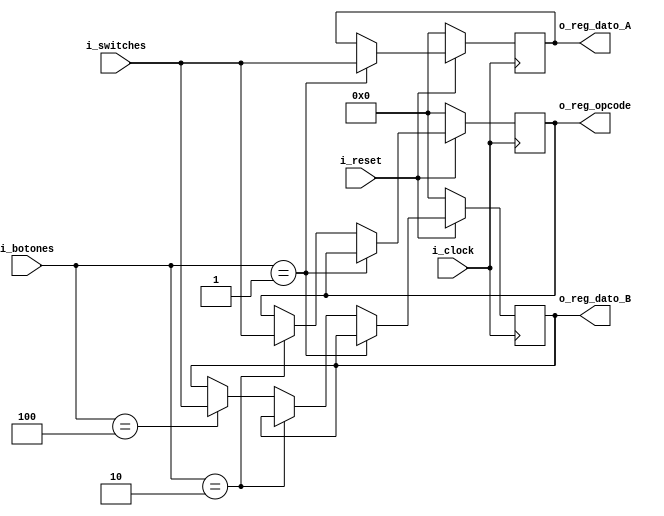
 `timescale 1ns / 1ps

//////////////////////////////////////////////////////////////////////////////////////////////////
// Trabajo Practico Nro. 1. ALU.
// Configurador. (Logica de seteo de operandos y del codigo de operacion en los registros).
// Integrantes: Kleiner Matias, Lopez Gaston.
// Materia: Arquitectura de Computadoras.
// FCEFyN. UNC.
// Anio 2018.
//////////////////////////////////////////////////////////////////////////////////////////////////


// Constantes.
`define CANT_DATOS_ENTRADA      4       // Tamanio del bus de entrada. (Idem a tamanio del bus de salida).
`define CANT_BITS_OPCODE_ALU    4       // Numero de bits del codigo de operacion de la ALU.
`define CANT_BOTONES_OPCODE     4       // Cantidad de botones.

module configurador(
    i_clock, 
    i_reset,
    i_switches,
    i_botones,
    o_reg_dato_A,
    o_reg_dato_B,
    o_reg_opcode
    );

// Parametros.
parameter CANT_DATOS_ENTRADA    = `CANT_DATOS_ENTRADA;
parameter CANT_BITS_OPCODE_ALU  = `CANT_BITS_OPCODE_ALU;
parameter CANT_BOTONES_OPCODE   = `CANT_BOTONES_OPCODE;


// Entradas - Salidas.

input i_clock;     
input i_reset; 
input [CANT_DATOS_ENTRADA - 1 : 0] i_switches; 
input [CANT_BOTONES_OPCODE - 1 : 0] i_botones; 
output [CANT_DATOS_ENTRADA - 1 : 0] o_reg_dato_A;             
output [CANT_DATOS_ENTRADA - 1 : 0] o_reg_dato_B; 
output [CANT_BITS_OPCODE_ALU - 1 : 0] o_reg_opcode;  // Codigo de operacion.      



// Registros.
reg [CANT_DATOS_ENTRADA - 1 : 0] reg_dato_A;
reg [CANT_DATOS_ENTRADA - 1 : 0] reg_dato_B;
reg [CANT_BITS_OPCODE_ALU - 1 : 0] reg_opcode;

always@( posedge i_clock) begin
     // Se resetean los registros.
     if (~ i_reset) begin
        reg_dato_A <= 0;
        reg_dato_B <= 0;
        reg_opcode <= 0;
     end 
     
     else begin
        // Si se presiona el boton 1
        if (i_botones == 1) begin
            reg_dato_A <= i_switches;
            reg_dato_B <= reg_dato_B;
            reg_opcode <= reg_opcode;
        end
        // Si se presiona el boton 2
        else  if (i_botones == 2) begin
           reg_dato_A <= reg_dato_A;
           reg_dato_B <= reg_dato_B;
           reg_opcode <= i_switches;
        end
        // Si se presiona el boton 3
        else  if (i_botones == 4) begin
           reg_dato_A <= reg_dato_A;
           reg_dato_B <= i_switches;
           reg_opcode <= reg_opcode;
        end
        else begin
            reg_dato_A <= reg_dato_A;
            reg_dato_B <= reg_dato_B;
            reg_opcode <= reg_opcode;
        end        
     end   
end

// Asignacion.
assign o_reg_dato_A = reg_dato_A;
assign o_reg_dato_B = reg_dato_B;
assign o_reg_opcode = reg_opcode;

endmodule